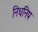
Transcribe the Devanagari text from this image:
निधनिप